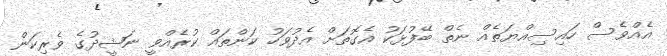
އެއްވެސް ހައިސިއްޔަތެއް ނެތް ބޭފުޅަކު އެގޮތަށް އެދުވަހު ކަންތައް ކުރެއްވީ ނަޝީދުގެ ވެރިކަން